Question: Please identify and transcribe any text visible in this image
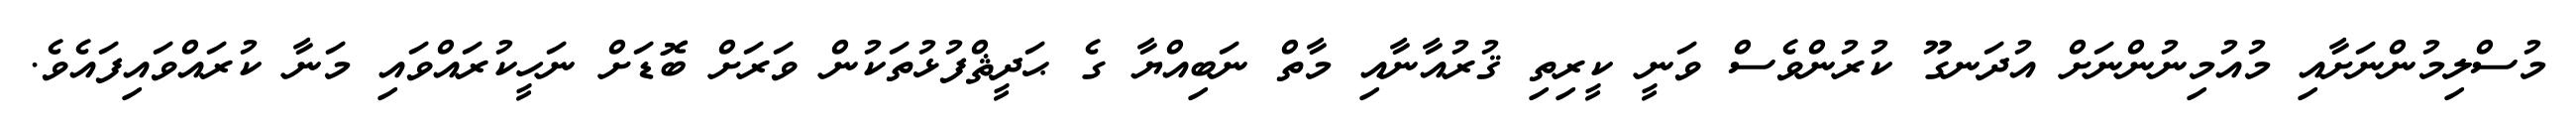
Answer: މުސްލިމުންނަށާއި މުއުމިނުންނަށް އުދަނގޫ ކުރުންވެސް ވަނީ ކީރިތި ޤުރުއާނާއި މާތް ނަބިއްޔާ ގެ ޙަދީޘްފުޅުތަކުން ވަރަށް ބޮޑަށް ނަހީކުރައްވައި މަނާ ކުރައްވައިފައެވެ.